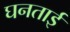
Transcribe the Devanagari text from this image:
घनताई